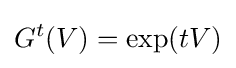
G^{t}(V)=\exp(tV)